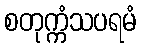
စတုက္ကံသပရမံ